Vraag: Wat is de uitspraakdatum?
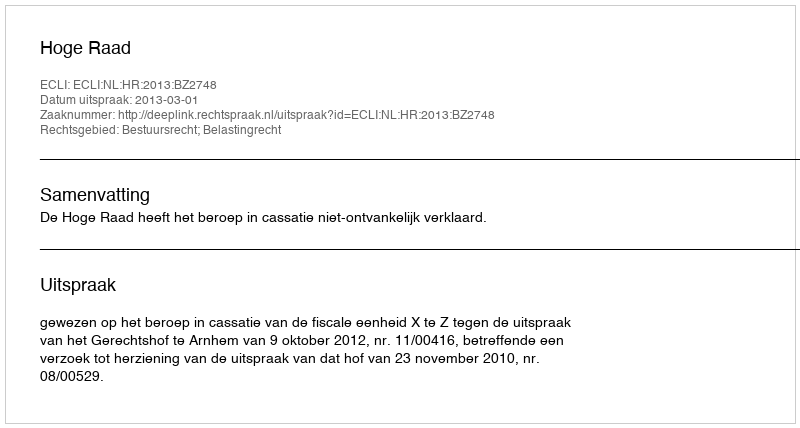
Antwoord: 2013-03-01